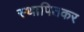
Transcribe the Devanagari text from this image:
स्थापितकर